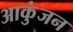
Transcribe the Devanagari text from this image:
आकुंजन